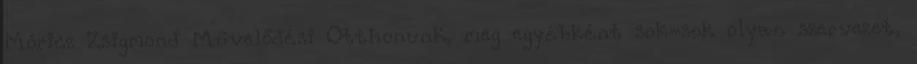
Móricz Zsigmond Művelődési Otthonunk, meg egyébként sok-sok olyan szervezet,